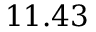
1 1 . 4 3